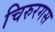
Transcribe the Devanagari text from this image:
चिरुरगस